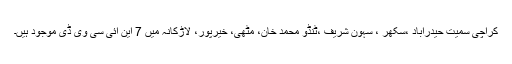
کراچی سمیت حیدرآباد ،سکھر ، سہون شریف ،ٹنڈو محمد خان، مٹھی، خیرپور، لاڑکانہ میں 7 این آئی سی وی ڈی موجود ہیں۔